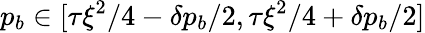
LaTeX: p_{b}\in[\tau\xi^{2}/4-\delta p_{b}/2,\tau\xi^{2}/4+\delta p_{b}/2]